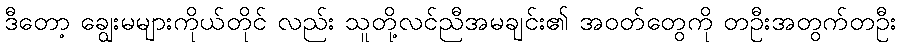
ဒီတော့ ချွေးမများကိုယ်တိုင် လည်း သူတို့လင်ညီအမချင်း၏ အဝတ်တွေကို တဦးအတွက်တဦး